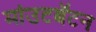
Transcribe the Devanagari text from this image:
मांउटबॅटन